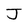
Character: J